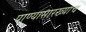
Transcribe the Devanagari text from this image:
पाण्यासारख्याच